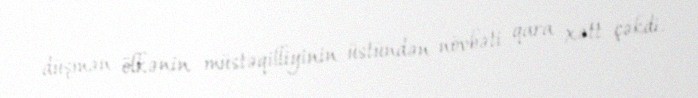
düşmən ölkənin müstəqilliyinin üstündən növbəti qara xətt çəkdi.